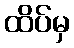
ထိပ်မှ